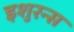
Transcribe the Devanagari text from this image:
इशुरन्स